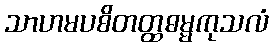
သာဟမပစိတတ္ထဓမ္မကုသလံ